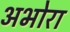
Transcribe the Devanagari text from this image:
अभोरा